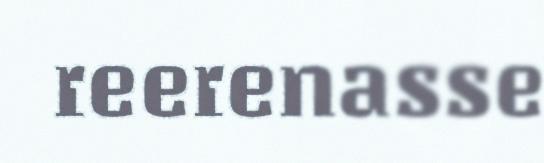
reerenasse